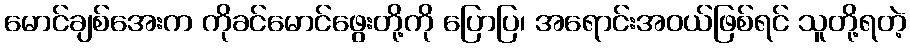
မောင်ချစ်အေးက ကိုခင်မောင်ဖွေးတို့ကို ပြောပြ၊ အရောင်းအဝယ်ဖြစ်ရင် သူတို့ရတဲ့